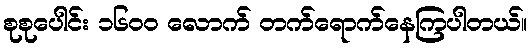
စုစုပေါင်း ၁၆၀၀ လောက် တက်ရောက်နေကြပါတယ်။